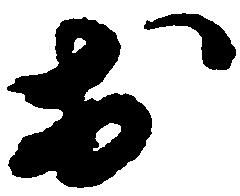
於